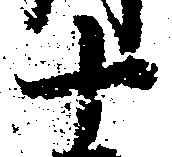
十